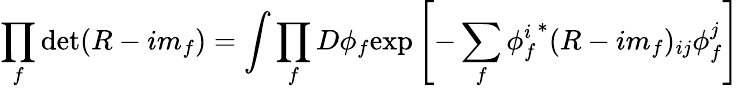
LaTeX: \prod_{f}\operatorname*{det}(R-im_{f})=\int\prod_{f}D\phi_{f}\mathrm{exp}\left[-\sum_{f}{\phi_{f}^{i}}^{*}(R-im_{f})_{ij}\phi_{f}^{j}\right]